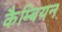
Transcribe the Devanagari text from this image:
कैम्बियन